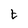
Character: t